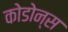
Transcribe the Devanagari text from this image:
कोडोन्स